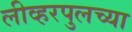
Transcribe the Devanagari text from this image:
लीव्हरपुलच्या